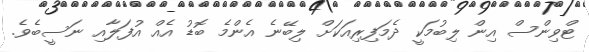
ޓްވިންސް އިން ލިބުމަކީ ދެމަފިރިއަކަށް ލިބޭނެ އެންމެ ބޮޑު އެއް އުފަލާއި ނަސީބެވެ.